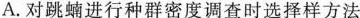
A.对跳蝻进行种群密度调查时选择样方法